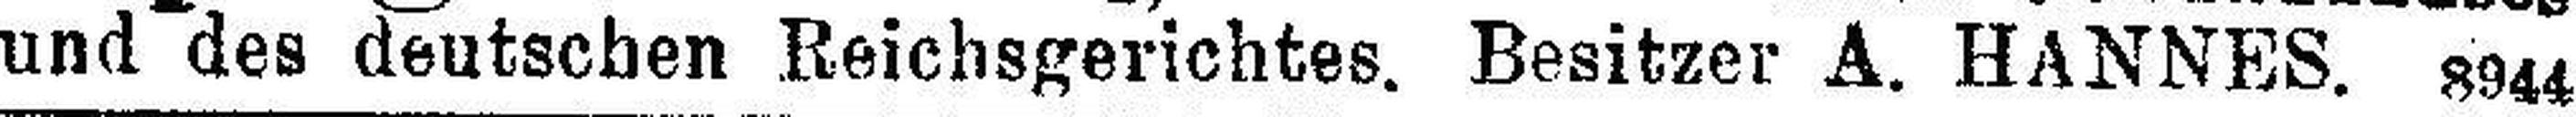
und des deutschen Reichsgerichtes. Besitzer A. HANNES, 8944